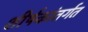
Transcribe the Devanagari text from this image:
शीर्षकांतर्गत